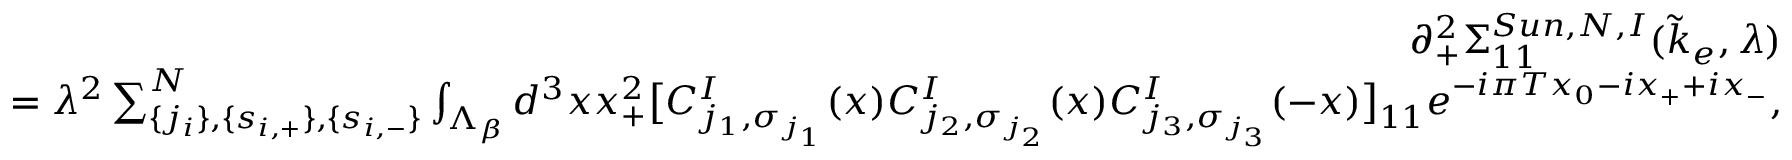
\begin{array} { r l r } & { } & { \partial _ { + } ^ { 2 } \Sigma _ { 1 1 } ^ { S u n , N , I } ( \tilde { k } _ { e } , \lambda ) } \\ & { } & { \quad \quad \quad = \lambda ^ { 2 } \sum _ { \{ j _ { i } \} , \{ s _ { i , + } \} , \{ s _ { i , - } \} } ^ { N } \int _ { \Lambda _ { \beta } } d ^ { 3 } x x _ { + } ^ { 2 } \big [ C _ { j _ { 1 } , \sigma _ { j _ { 1 } } } ^ { I } ( x ) C _ { j _ { 2 } , \sigma _ { j _ { 2 } } } ^ { I } ( x ) C _ { j _ { 3 } , \sigma _ { j _ { 3 } } } ^ { I } ( - x ) \big ] _ { 1 1 } e ^ { - i \pi T x _ { 0 } - i x _ { + } + i x _ { - } } , } \end{array}